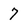
Character: 7